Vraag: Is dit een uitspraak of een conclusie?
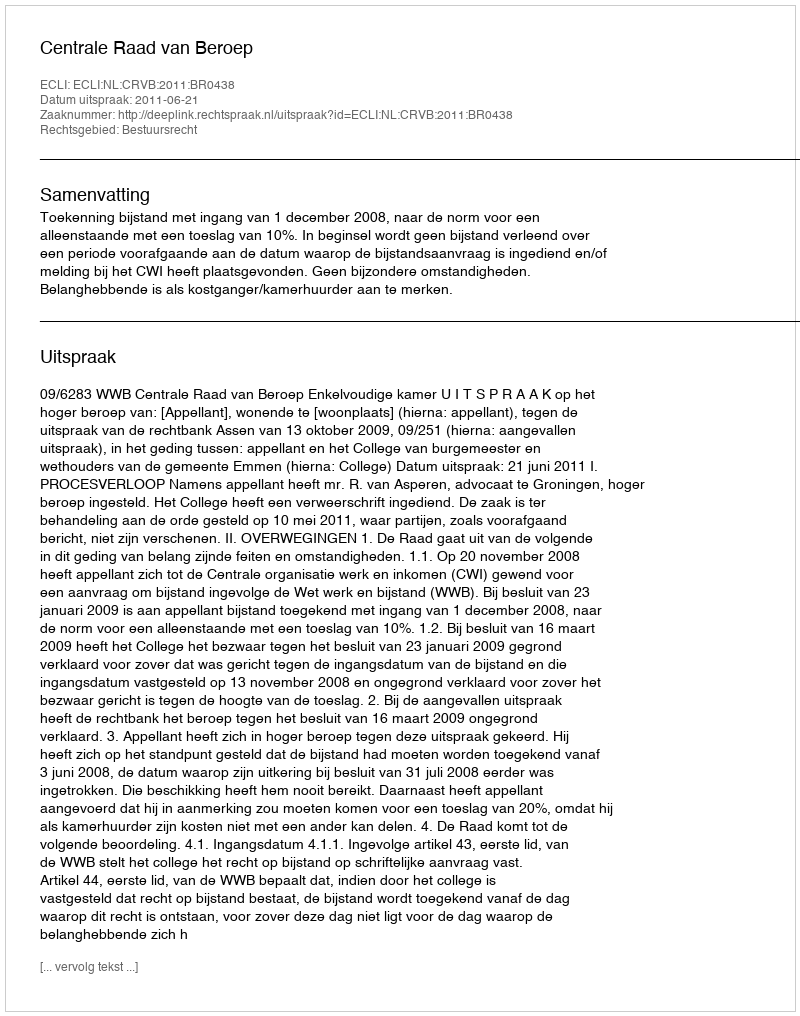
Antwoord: Uitspraak